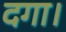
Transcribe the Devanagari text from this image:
दगा।